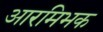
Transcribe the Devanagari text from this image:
आरमिभक